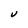
Character: V